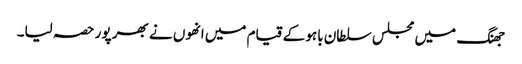
جھنگ میں مجلس سلطان باہو کے قیام میں انھوں نے بھر پور حصہ لیا۔